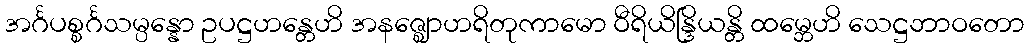
အင်္ဂပစ္စင်္ဂသမ္ပန္နော ဥပဋ္ဌဟန္တေဟိ အနဇ္ဈောဟရိတုကာမော ဝီရိယိန္ဒြိယန္တိ ထမ္ဘေဟိ သေဋ္ဌဘာဝတော